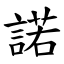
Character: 諾